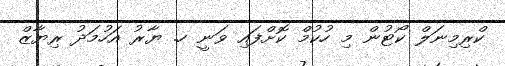
ކްރިމިނަލް ކޯޓުން މި ހުކުމް ކޮށްފައި ވަނީ ހ. ޔާރު އަހުމަދު ރިޔާޒް